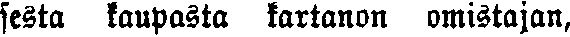
sesta kaupasta kartanon omistajan,